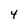
Character: 4